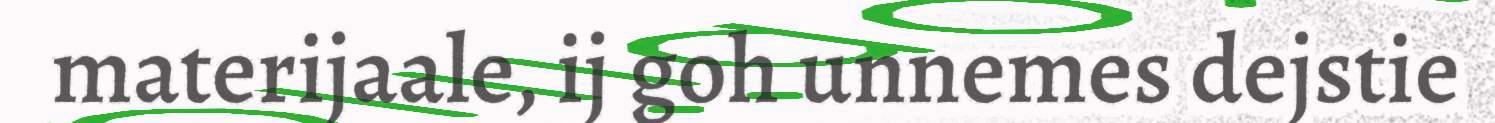
materijaale, ij goh unnemes dejstie